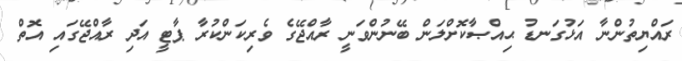
ރައްޔިތުންނާ އަޅުގަނޑު ޙިއްޞާކޮށްލަން ބޭނުންވަނީ ރާއްޖޭގެ ވެރިކަންކުރާ ޕާޓީ އަދި ރާއްޖޭގައި އޮތް